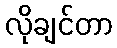
လိုချင်တာ